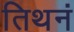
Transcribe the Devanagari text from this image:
तिथनं